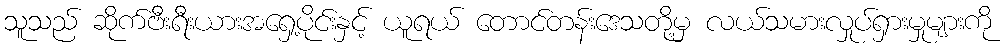
သူသည် ဆိုက်ဗီးရီးယားအရှေ့ပိုင်းနှင့် ယူရယ် တောင်တန်းဒေသတို့မှ လယ်သမားလှုပ်ရှားမှုများကို